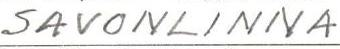
SAVONLINNA